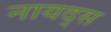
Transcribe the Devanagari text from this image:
नायद्स